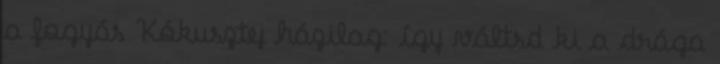
a fogyás Kókusztej házilag: így váltsd ki a drága